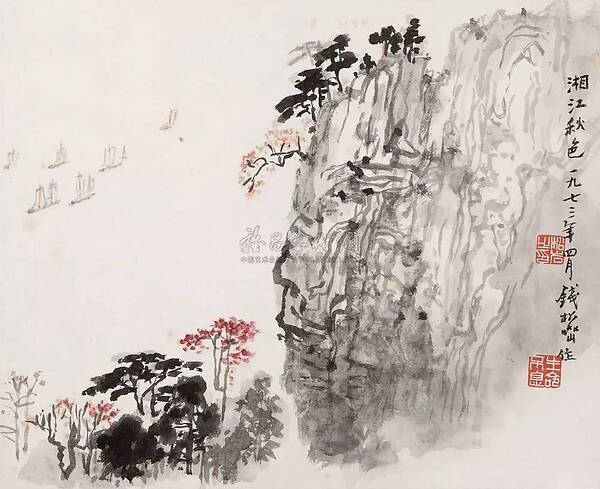
迟日园林悲昔游，今春花鸟作边愁。